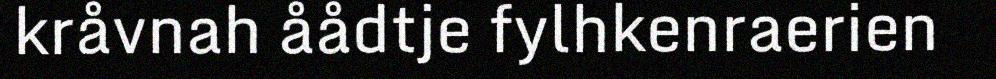
kråvnah åådtje fylhkenraerien